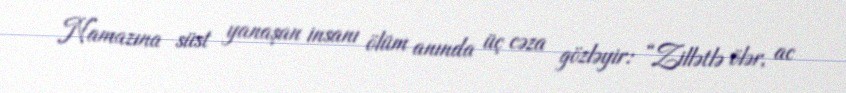
Namazına süst yanaşan insanı ölüm anında üç cəza gözləyir: “Zillətlə ölər, ac